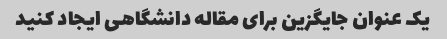
یک عنوان جایگزین برای مقاله دانشگاهی ایجاد کنید